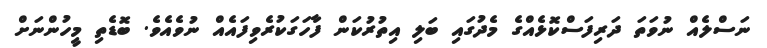
ނަސްލެއް ނުވަތަ ދަރިފަސްކޮޅެއްގެ މެދުގައި ބަލި އިތުރުކަން ފާހަގަކުރެވިފައެއް ނުވެއެވެ. ބޮޑެތި މީހުންނަށް